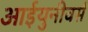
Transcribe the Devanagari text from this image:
आईयुनीवर्स